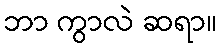
ဘာ ကွာလဲ ဆရာ။